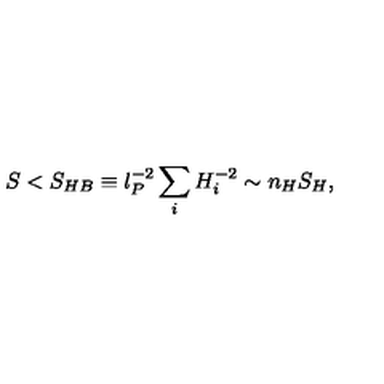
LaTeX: S < S _ { H B } \equiv l _ { P } ^ { - 2 } \sum _ { i } H _ { i } ^ { - 2 } \sim n _ { H } S _ { H } ,